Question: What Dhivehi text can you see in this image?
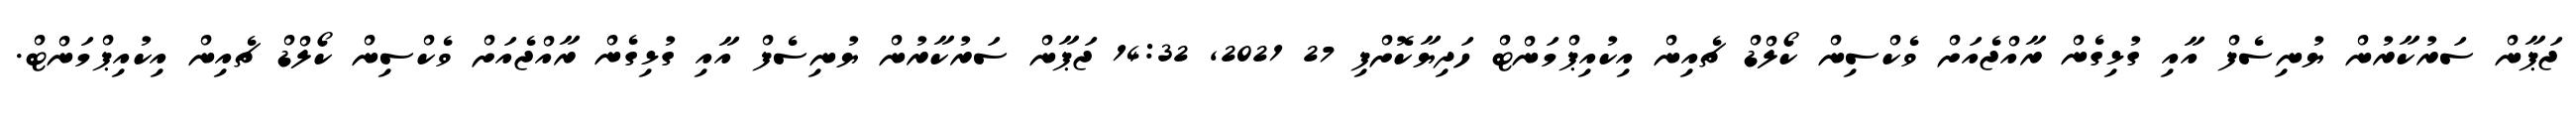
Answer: ޖަޕާން ސަރުކާރުން ޔުނިސެފް އާއި ގުޅިގެން ރާއްޖެއަށް ވެކްސިން ކޯލްޑް ޗެއިން އިކުއިޕްމަންޓް ހަދިޔާކޮށްފި 27 2021, 14:32 ޖަޕާން ސަރުކާރުން ޔުނިސެފް އާއި ގުޅިގެން ރާއްޖެއަށް ވެކްސިން ކޯލްޑް ޗެއިން އިކުއިޕްމަންޓް.